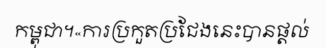
កម្ពុជា។«ការប្រកួតប្រជែងនេះបានផ្តល់